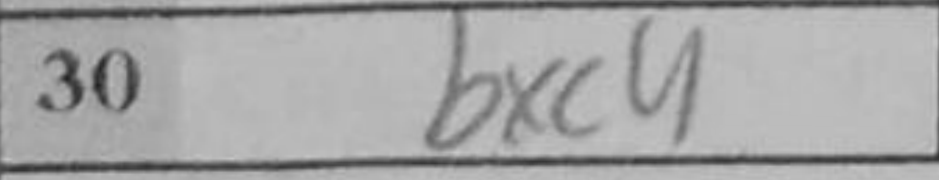
Transcription: Rc3